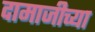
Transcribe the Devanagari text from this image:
दामाजीच्या